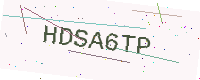
Text: HDSA6TP